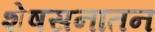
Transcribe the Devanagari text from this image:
शेषसनातन